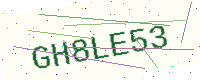
Text: GH8LE53